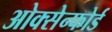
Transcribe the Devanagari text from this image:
ओक्सेन्फोर्ड